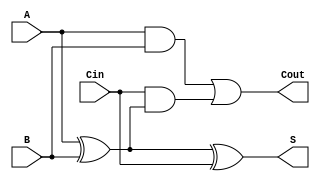
module FullAdder (
    input wire A,     // First input bit
    input wire B,     // Second input bit
    input wire Cin,   // Carry-in bit
    output wire S,    // Sum output
    output wire Cout   // Carry-out output
);

// Logic for Sum
assign S = A ^ B ^ Cin;

// Logic for Carry-out
assign Cout = (A & B) | (Cin & (A ^ B));

endmodule